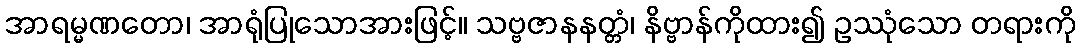
အာရမ္မဏတော၊ အာရုံပြုသောအားဖြင့်။ သဗ္ဗဇာနနတ္တံ၊ နိဗ္ဗာန်ကိုထား၍ ဥဿုံသော တရားကို